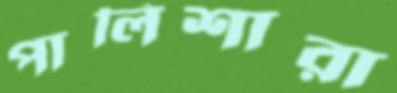
পালিশারা